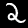
Digit: 2